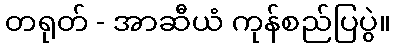
တရုတ် - အာဆီယံ ကုန်စည်ပြပွဲ။